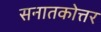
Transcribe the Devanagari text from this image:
सनातकोत्तर